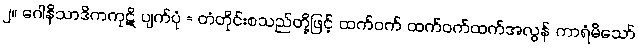
၂။ ဂေါနိသာဒိကကုဋိ ပျက်ပုံ = တံတိုင်းစသည်တို့ဖြင့် ထက်ဝက် ထက်ဝက်ထက်အလွန် ကာရံမိသော်